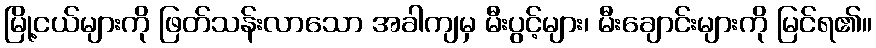
မြို့ငယ်များကို ဖြတ်သန်းလာသော အခါကျမှ မီးပွင့်များ၊ မီးချောင်းများကို မြင်ရ၏။